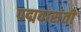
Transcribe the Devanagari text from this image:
पद्मवासंती